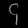
Digit: ၄